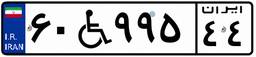
۶۰W۹۹۵۴۴